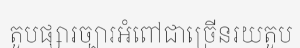
តូបផ្សារច្បារអំពៅជាច្រើនរយតូប